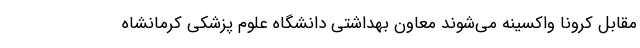
مقابل کرونا واکسینه می‌شوند معاون بهداشتی دانشگاه علوم پزشکی کرمانشاه